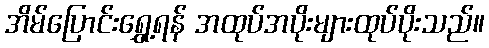
အိမ်ပြောင်းရွှေ့ရန် အထုပ်အပိုးများထုပ်ပိုးသည်။